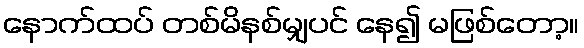
နောက်ထပ် တစ်မိနစ်မျှပင် နေ၍ မဖြစ်တော့။